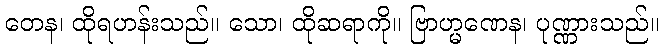
တေန၊ ထိုရဟန်းသည်။ သော၊ ထိုဆရာကို။ ဗြာဟ္မဏေန၊ ပုဏ္ဏားသည်။